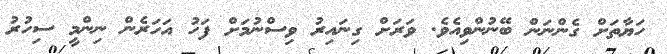
ހަޔާތަށް ގެންނަން ބޭނުންވިއެވެ. ވަރަށް ގިނައިރު ވިސްނުމަށް ފަހު އަހަރެން ނިންމީ ސިހުރު